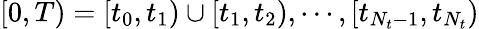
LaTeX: [0,T)=[t_{0},t_{1})\cup[t_{1},t_{2}),\cdots,[t_{N_{t}-1},t_{N_{t}})